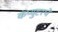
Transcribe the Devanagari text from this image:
कंप्युटरचे